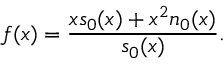
f ( x ) = { \frac { x s _ { 0 } ( x ) + x ^ { 2 } n _ { 0 } ( x ) } { s _ { 0 } ( x ) } } .